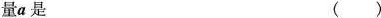
量a是 ()